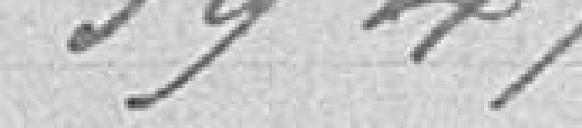
3947,99